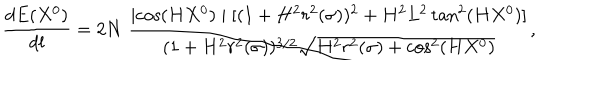
\frac { d E ( X ^ { 0 } ) } { d l } = 2 N \; \frac { \mid \cos ( H X ^ { 0 } ) \mid [ ( 1 + H ^ { 2 } r ^ { 2 } ( \sigma ) ) ^ { 2 } + H ^ { 2 } L ^ { 2 } \tan ^ { 2 } ( H X ^ { 0 } ) ] } { ( 1 + H ^ { 2 } r ^ { 2 } ( \sigma ) ) ^ { 3 / 2 } \sqrt { H ^ { 2 } r ^ { 2 } ( \sigma ) + \cos ^ { 2 } ( H X ^ { 0 } ) } } ,